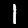
Label: 1